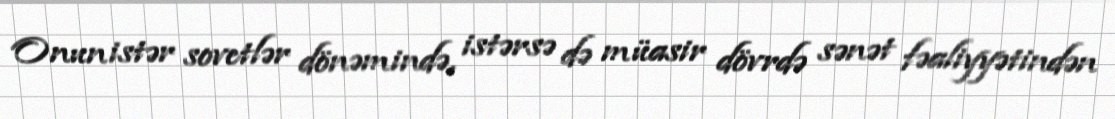
Onun istər sovetlər dönəmində, istərsə də müasir dövrdə sənət fəaliyyətindən